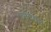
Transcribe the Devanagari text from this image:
उतरान्चल